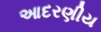
આદરણીય